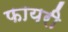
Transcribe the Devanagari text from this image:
फायरी